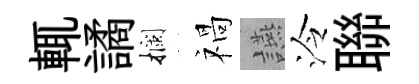
輒譎攔禍讌泠聯